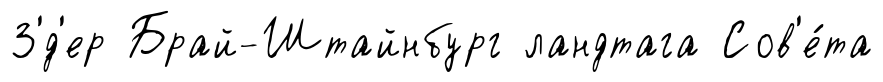
З'́д'ер Брай-Штайнбург ландтага Сов'е́та